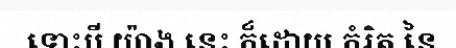
ទោះបី យ៉ាង នេះ ក៏ដោយ កំរិត នៃ